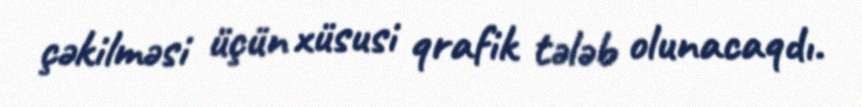
çəkilməsi üçün xüsusi qrafik tələb olunacaqdı.